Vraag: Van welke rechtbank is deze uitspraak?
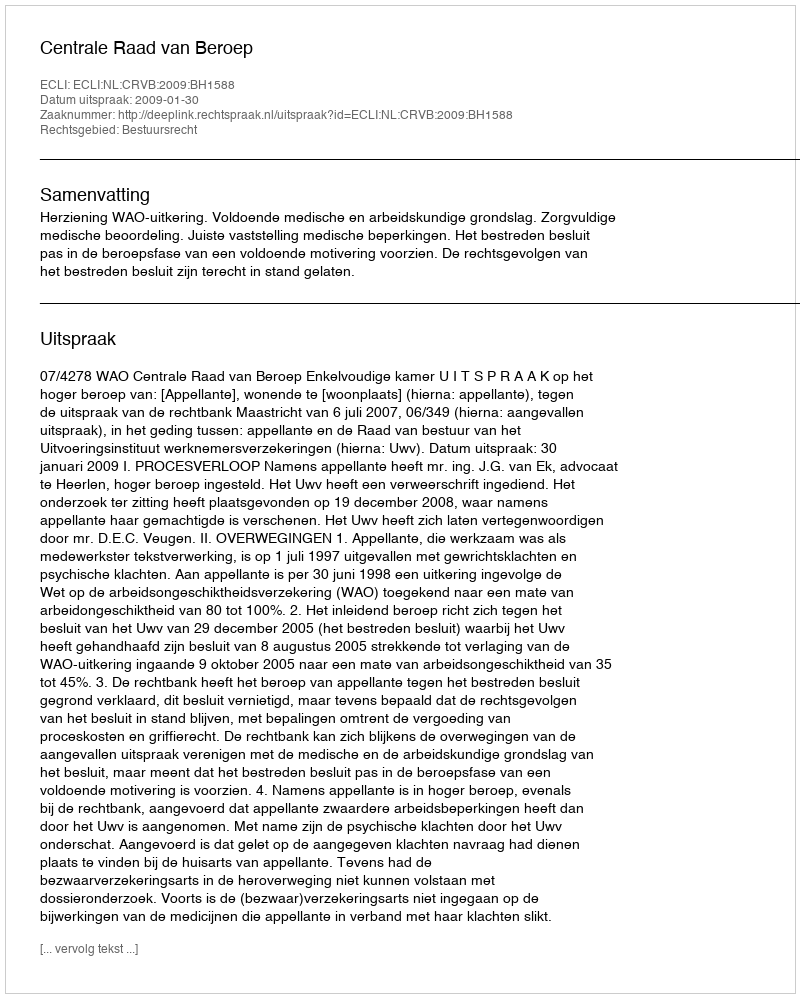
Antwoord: Centrale Raad van Beroep